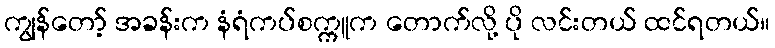
ကျွန်တော့် အခန်းက နံရံကပ်စက္ကူက တောက်လို့ ပို လင်းတယ် ထင်ရတယ်။